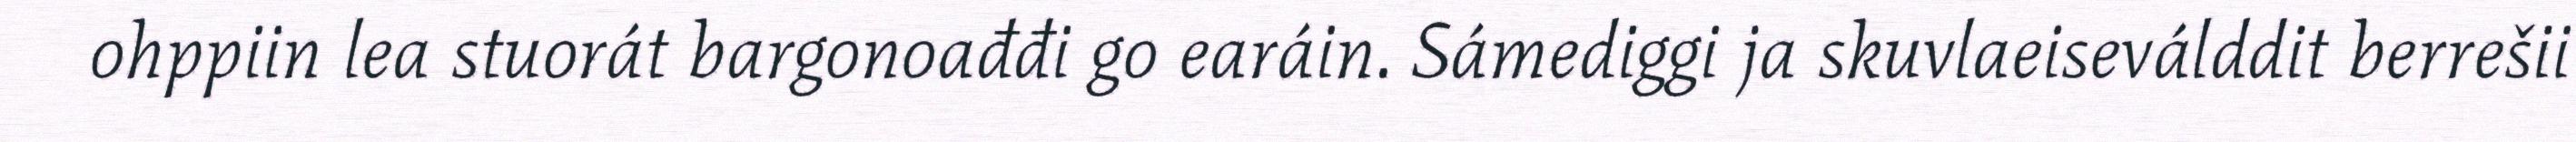
ohppiin lea stuorát bargonoađđi go earáin. Sámediggi ja skuvlaeiseválddit berrešii